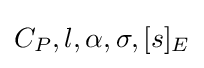
C_{P},l,\alpha ,\sigma ,[s]_{E}